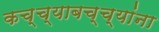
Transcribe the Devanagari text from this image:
कच्च्याबच्च्यांना